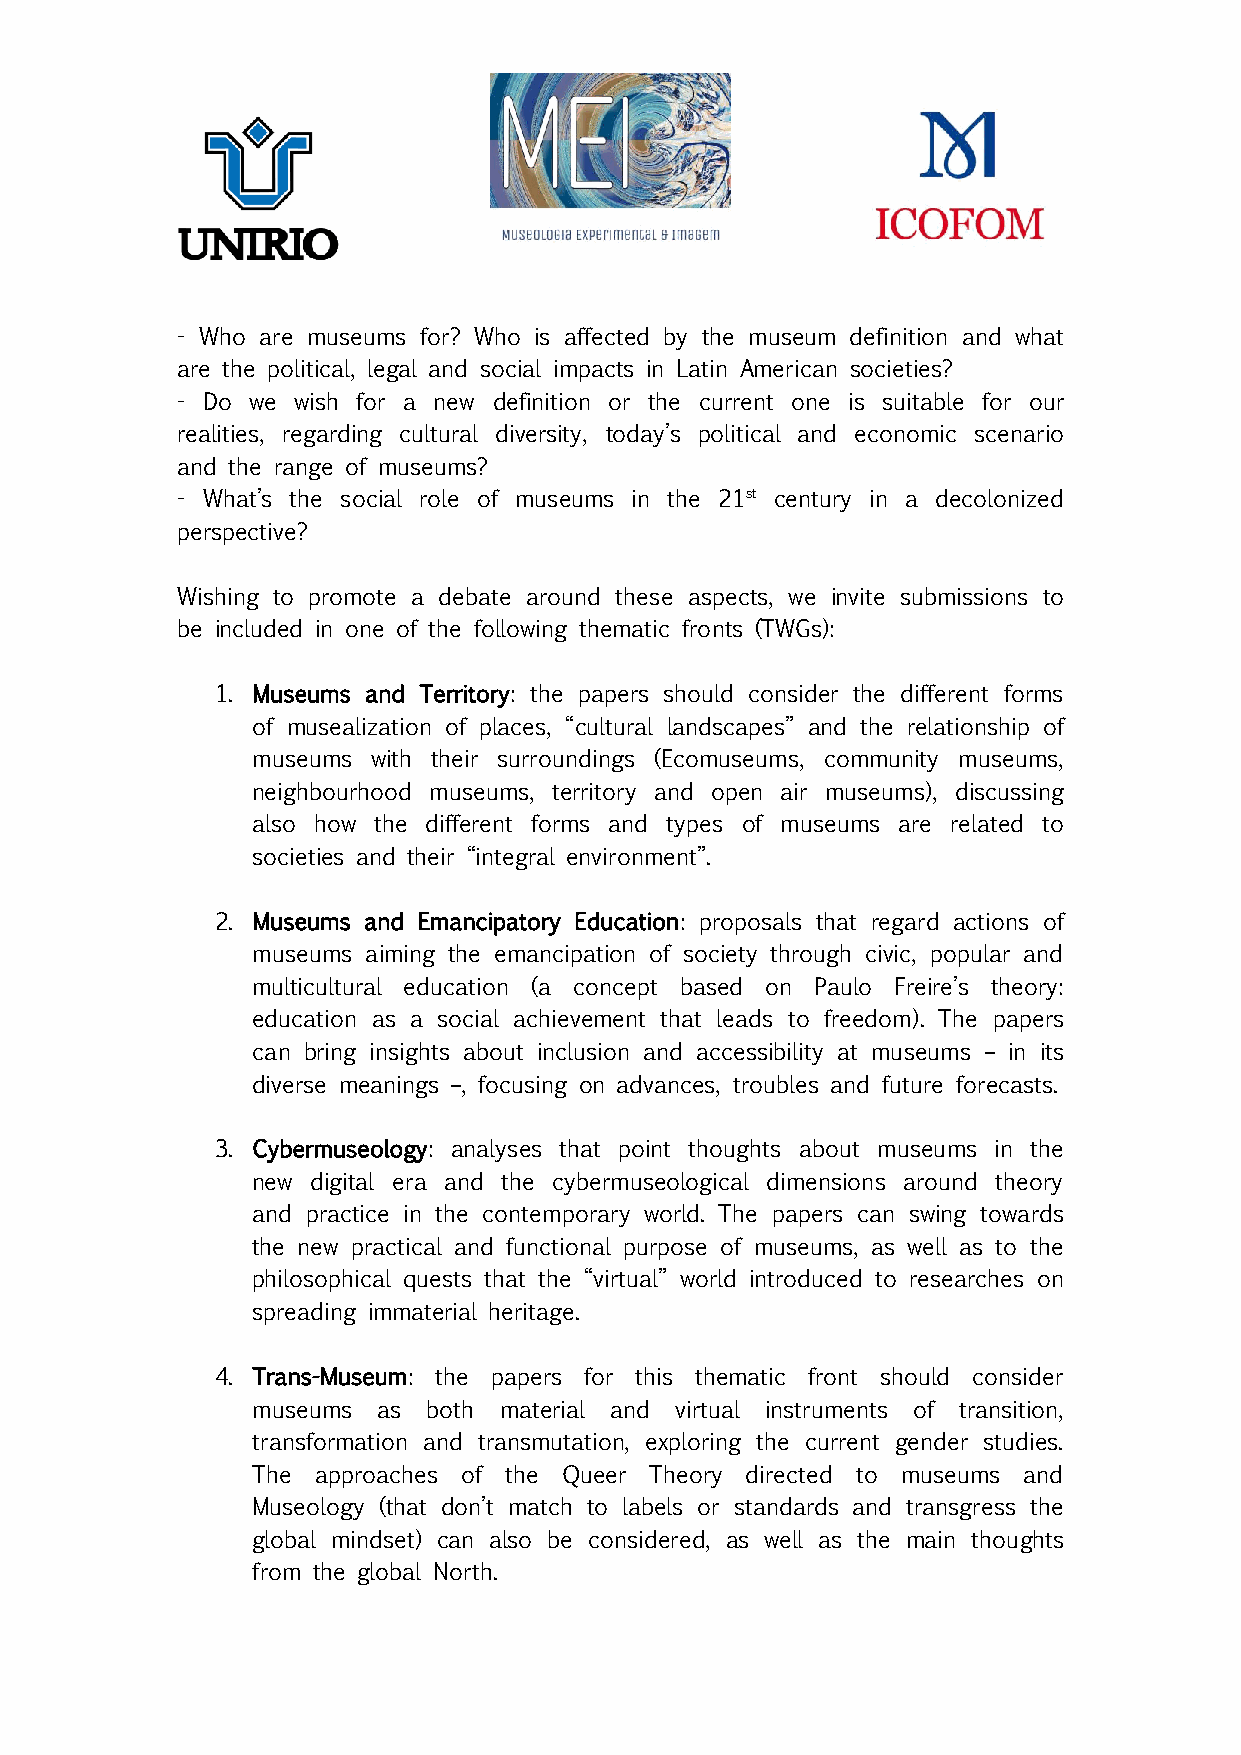
- Who are museums for? Who is affected by the museum definition and what
 are the political, legal and social impacts in Latin American societies?
 - Do we wish for a new definition or the current one is suitable for our
 realities, regarding cultural diversity, today’s political and economic scenario
 and the range of museums?
 - What’s the social role of museums in the 21st century in a decolonized
 perspective?
 Wishing to promote a debate around these aspects, we invite submissions to
 be included in one of the following thematic fronts (TWGs):
 1. Museums and Territory: the papers should consider the different forms
 of musealization of places, “cultural landscapes” and the relationship of
 museums with their surroundings (Ecomuseums, community museums,
 neighbourhood museums, territory and open air museums), discussing
 also how the different forms and types of museums are related to
 societies and their “integral environment”.
 2. Museums and Emancipatory Education: proposals that regard actions of
 museums aiming the emancipation of society through civic, popular and
 multicultural education (a concept based on Paulo Freire’s theory:
 education as a social achievement that leads to freedom). The papers
 can bring insights about inclusion and accessibility at museums – in its
 diverse meanings –, focusing on advances, troubles and future forecasts.
 3. Cybermuseology: analyses that point thoughts about museums in the
 new digital era and the cybermuseological dimensions around theory
 and practice in the contemporary world. The papers can swing towards
 the new practical and functional purpose of museums, as well as to the
 philosophical quests that the “virtual” world introduced to researches on
 spreading immaterial heritage.
 4. Trans-Museum: the papers for this thematic front should consider
 museums as both material and virtual instruments of transition,
 transformation and transmutation, exploring the current gender studies.
 The approaches of the Queer Theory directed to museums and
 Museology (that don’t match to labels or standards and transgress the
 global mindset) can also be considered, as well as the main thoughts
 from the global North.